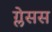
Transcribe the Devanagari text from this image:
ग्लेसस